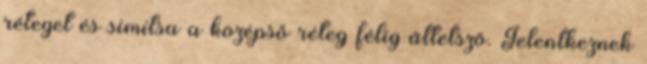
réteget és simítsa a középső réteg félig áttetsző. Jelentkeznek